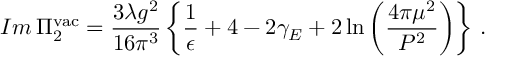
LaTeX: I m \, \Pi _ { 2 } ^ { \mathrm { v a c } } = \frac { 3 \lambda g ^ { 2 } } { 1 6 \pi ^ { 3 } } \left\{ \frac { 1 } { \epsilon } + 4 - 2 \gamma _ { E } + 2 \ln \left( \frac { 4 \pi \mu ^ { 2 } } { P ^ { 2 } } \right) \right\} \, .